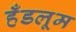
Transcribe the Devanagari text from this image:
हँडलूम